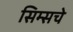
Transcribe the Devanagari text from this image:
सिम्सचे